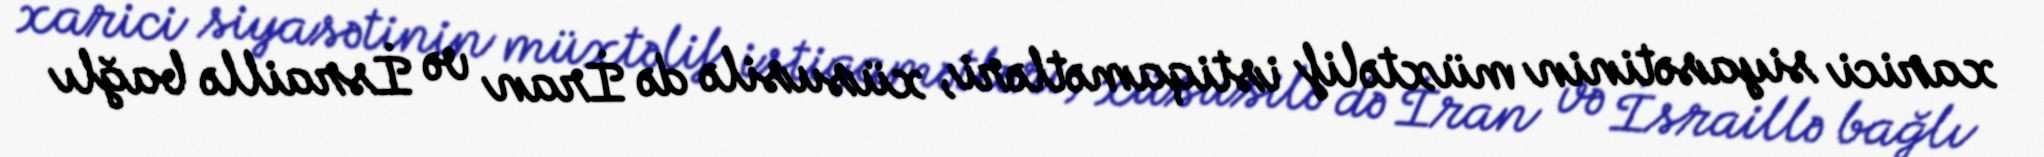
xarici siyasətinin müxtəlif istiqamətləri, xüsusilə də İran və İsraillə bağlı